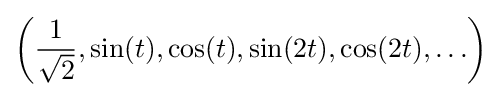
\left({\frac {1}{\sqrt {2}}},\sin(t),\cos(t),\sin(2t),\cos(2t),\ldots \right)